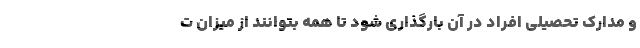
و مدارک تحصیلی افراد در آن بارگذاری شود تا همه بتوانند از میزان ت